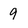
Character: 9